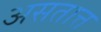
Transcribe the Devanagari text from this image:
असतात्त